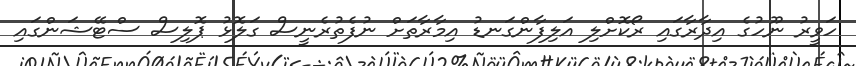
ހަވީރު ނޫހުގެ އިދާރާގައި ރޯކޮށްލި އަލިފާންގަނޑު އިމާރާތަށް ނުފެތުރެނީސް ގަލޮޅު ޕޮލިސް ސްޓޭޝަންގައި